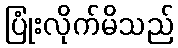
ပြုံးလိုက်မိသည်